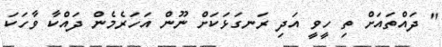
" ދައްތައަށް ތި ހީވީ އަދި ރަނގަޅަކަށް ނޫން އަހަރެމެން ދައްކާ ވާހަކަ